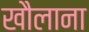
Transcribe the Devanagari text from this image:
खौलाना